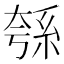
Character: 綔